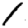
Digit: 1